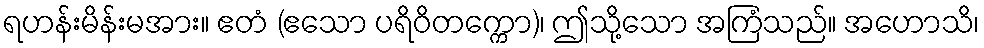
ရဟန်းမိန်းမအား။ ဧတံ (ဧသော ပရိဝိတက္ကော)၊ ဤသို့သော အကြံသည်။ အဟောသိ၊